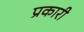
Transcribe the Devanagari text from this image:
प्रकारी